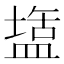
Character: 𭾌